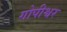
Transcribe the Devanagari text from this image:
गोपीश्वर